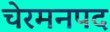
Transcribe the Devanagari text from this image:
चेरमनपद